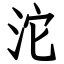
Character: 沱